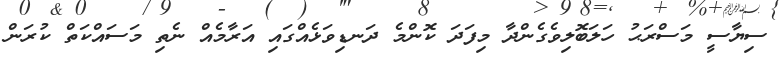
ސިޔާސީ މަސްރަޙު ހަލަބޮލިވެގެންދާ މިފަދަ ކޮންމެ ދަނޑިވަޅެއްގައި އަރާމެއް ނެތި މަސައްކަތް ކުރަން